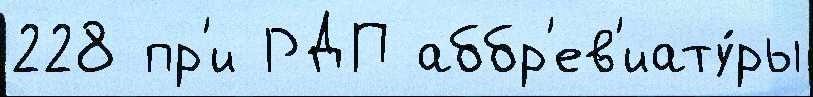
228 пр'и РДП аббр'ев'иату́ры